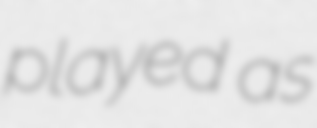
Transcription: played as